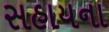
સહાયના